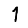
Digit: 1